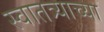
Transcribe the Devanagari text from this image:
स्वातत्र्याच्या